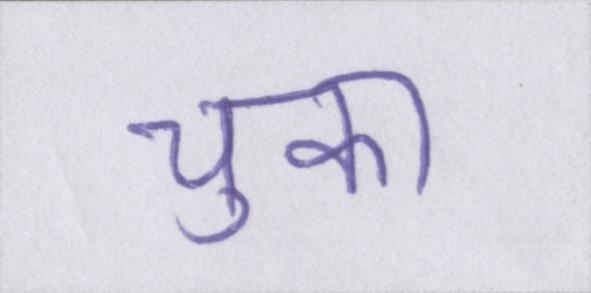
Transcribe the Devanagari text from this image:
चुका